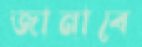
জানাবে